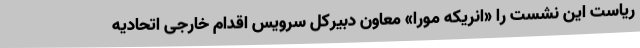
ریاست این نشست را «انریکه مورا» معاون دبیرکل سرویس اقدام خارجی اتحادیه